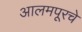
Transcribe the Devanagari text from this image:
आलमपूरचे